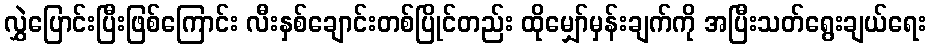
လွှဲပြောင်းပြီးဖြစ်ကြောင်း လီးနှစ်ချောင်းတစ်ပြိုင်တည်း ထိုမျှော်မှန်းချက်ကို အပြီးသတ်ရွေးချယ်ရေး